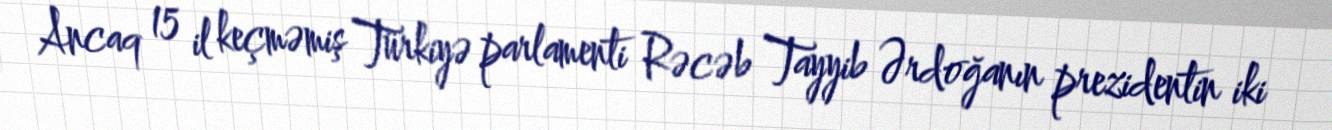
Ancaq 15 il keçməmiş Türkiyə parlamenti Rəcəb Tayyib Ərdoğanın prezidentin iki